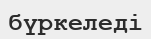
бүркеледі